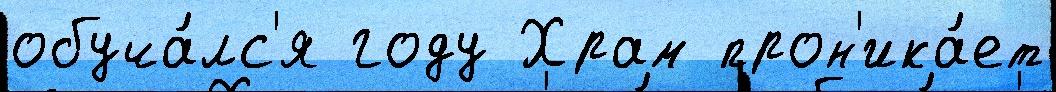
обуча́лс'я году Храм прон'ика́ет